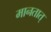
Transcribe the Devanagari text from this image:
मानतात्